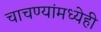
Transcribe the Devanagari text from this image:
चाचण्यांमध्येही